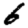
Digit: 6